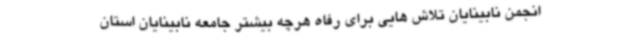
انجمن نابینایان تلاش هایی برای رفاه هرچه بیشتر جامعه نابینایان استان